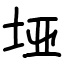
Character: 垭